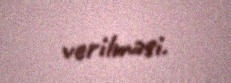
verilməsi.